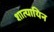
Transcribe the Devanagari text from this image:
शात्यायिन